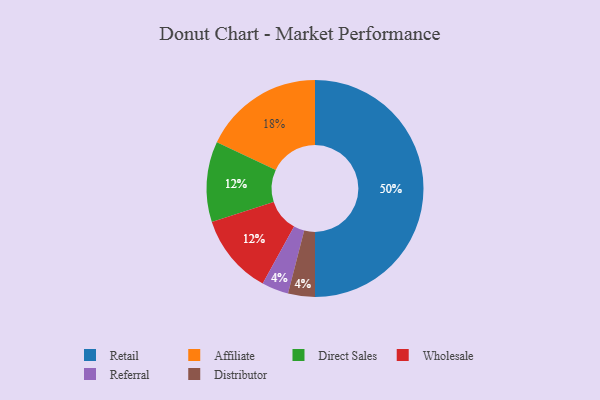
{"axis": {"x": "Category", "y": "Percentage"}, "legend": ["Affiliate", "Direct Sales", "Distributor", "Referral", "Retail", "Wholesale"], "data": [{"x": "Direct Sales", "y": 12, "type": "Direct Sales"}, {"x": "Retail", "y": 50, "type": "Retail"}, {"x": "Referral", "y": 4, "type": "Referral"}, {"x": "Affiliate", "y": 18, "type": "Affiliate"}, {"x": "Distributor", "y": 4, "type": "Distributor"}, {"x": "Wholesale", "y": 12, "type": "Wholesale"}]}